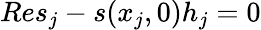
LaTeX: {Res}_{j}-s(x_{j},0)h_{j}=0